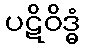
ပဋိဝိဒ္ဓံ